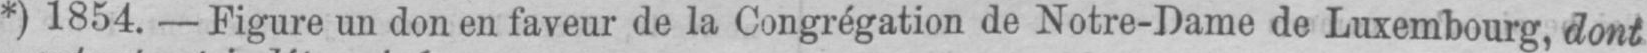
*) 1854. - Figure un don en faveur de la Congrégation de Notre-Dame de Luxembourg, dont